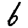
Digit: 6